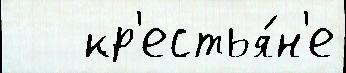
   кр'естья́н'е